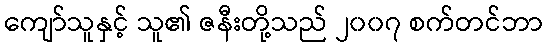
ကျော်သူနှင့် သူ၏ ဇနီးတို့သည် ၂၀၀၇ စက်တင်ဘာ